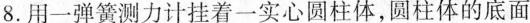
8.用一弹簧测力计挂着一实心圆柱体，圆柱体的底面